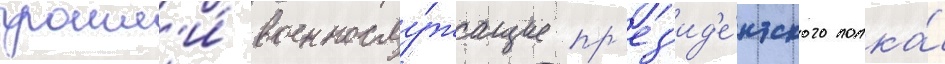
прошл'и́ военнослу́жащие пр'ез'ид'е́нтского полка́